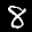
Label: 8